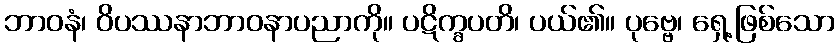
ဘာဝနံ၊ ဝိပဿနာဘာဝနာပညာကို။ ပဋိက္ခပတိ၊ ပယ်၏။ ပုဗ္ဗေ၊ ရှေ့ဖြစ်သော